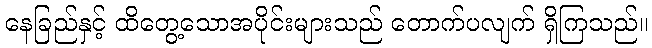
နေခြည်နှင့် ထိတွေ့သောအပိုင်းများသည် တောက်ပလျက် ရှိကြသည်။